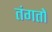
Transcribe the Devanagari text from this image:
तंगतों